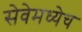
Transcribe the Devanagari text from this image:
सेवेमध्येच